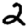
Digit: 2